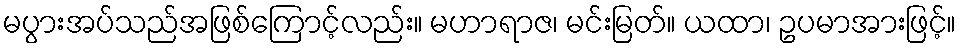
မပွားအပ်သည်အဖြစ်ကြောင့်လည်း။ မဟာရာဇ၊ မင်းမြတ်။ ယထာ၊ ဥပမာအားဖြင့်။